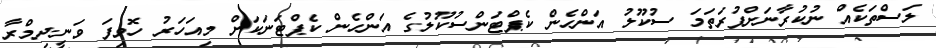
ލަސްތަކެއް ނުކުރާނަށްފުރަތަމަ ސުކޫލު އަންހެން ކެޕްޓަންސުކޫލުގެ އަންހެން ކެޕްޓަނަކަށް މިއަހަރު ހޮވިފަ ވަނީ.ދިމްރާ